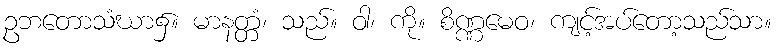
ဥဘတောသံဃာ၌။ မာနတ္တံ၊ သည်။ ဝါ၊ ကို။ စိဏ္ဏမေဝ၊ ကျင့်အပ်တော့သည်သာ။